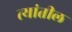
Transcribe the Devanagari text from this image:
त्‍यांतील